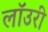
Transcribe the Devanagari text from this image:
लाॅउरी